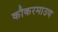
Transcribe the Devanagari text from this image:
कौकरमाउथ